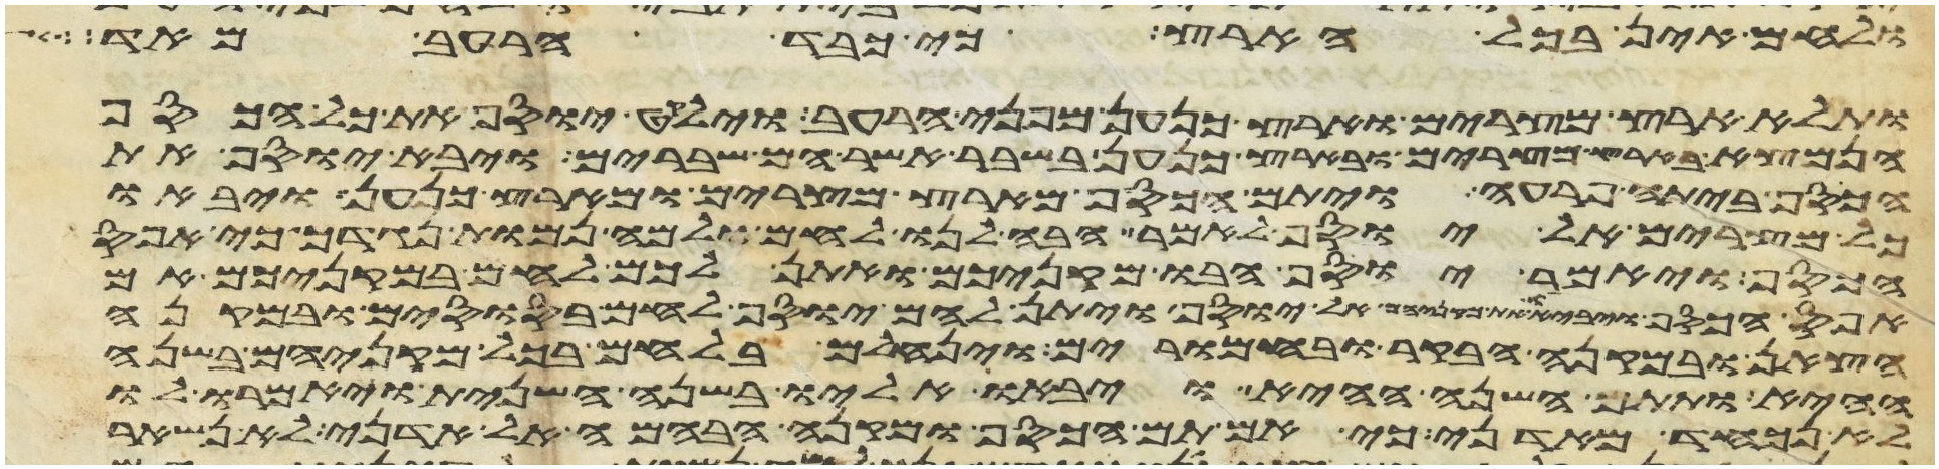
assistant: ולחם אין בכל הארץ כי כבד הרעב מאד
ותלא ארץ מצרים וארץ כנען מפני הרעב וילקט יוסף את כל הכסף
הנמצא בארץ מצרים ובארץ כנען בשבר אשר הם שברים ויבא יוסף את
הכסף ביתה פרעה ויתם הכסף מארץ מצרים ומארץ כנען ויבאו
כל מצרים אל יוסף לאמר הבה לנו לחם ולמה נמות נגדך כי אפס
הכסף ויאמר יוסף הבו מקניכם ואתן לכם לחם במקניכם אם
אפס הכסף ויביאו את מקניהם אל יוסף ויתן להם יוסף לחם בסוסים ובמקנה
הצאן ובמקנה הבקר ובחמרים וינחלם בלחם בכל מקניהם בשנה
ההיא ותתם השנה ההיא ויבאו אליו בשנה השנית ויאמרו לו
לא נכחד מאדני כי אם תם הכסף ומקנה הבהמה אל אדני לא נשאר